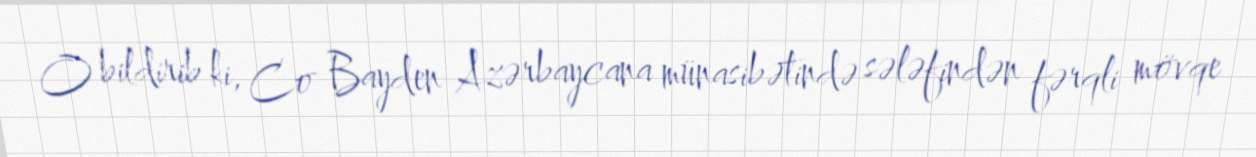
O bildirib ki, Co Bayden Azərbaycana münasibətində sələfindən fərqli mövqe